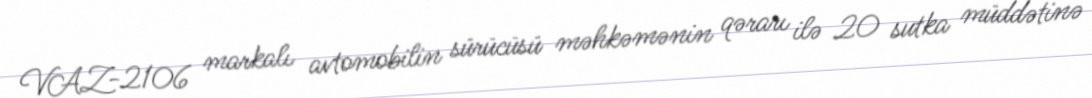
VAZ-2106 markalı avtomobilin sürücüsü məhkəmənin qərarı ilə 20 sutka müddətinə